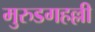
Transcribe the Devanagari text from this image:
मुरुडगहल्ली